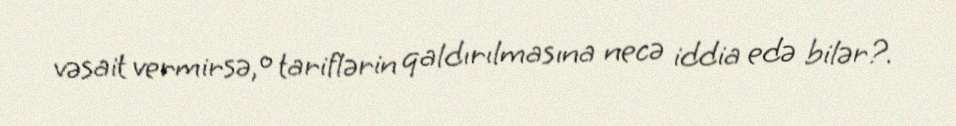
vəsait vermirsə, o tariflərin qaldırılmasına necə iddia edə bilər?.